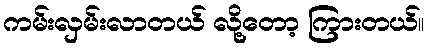
ကမ်းလှမ်းလာတယ် လို့တော့ ကြားတယ်။